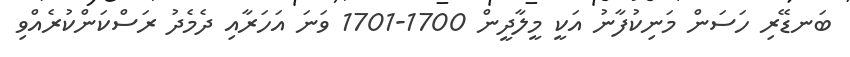
ބަނޑޭރި ހަސަން މަނިކުފާނު އަކީ މީލާދީން 1700-1701 ވަނަ އަހަރާއި ދެމެދު ރަސްކަންކުރެއްވި